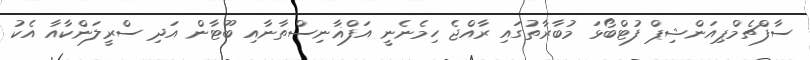
ސާފްޗެމްޕިއަންޝިޕް ފުޓްބޯޅަ މުބާރާތުގައި ރާއްޖެ ހިމެނެނީ އަފްޣާނިސްތާނާއި ބޫޓާން އަދި ސްރީލަންކާއާ އެކު